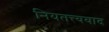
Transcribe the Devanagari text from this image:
नियतत्त्ववाद